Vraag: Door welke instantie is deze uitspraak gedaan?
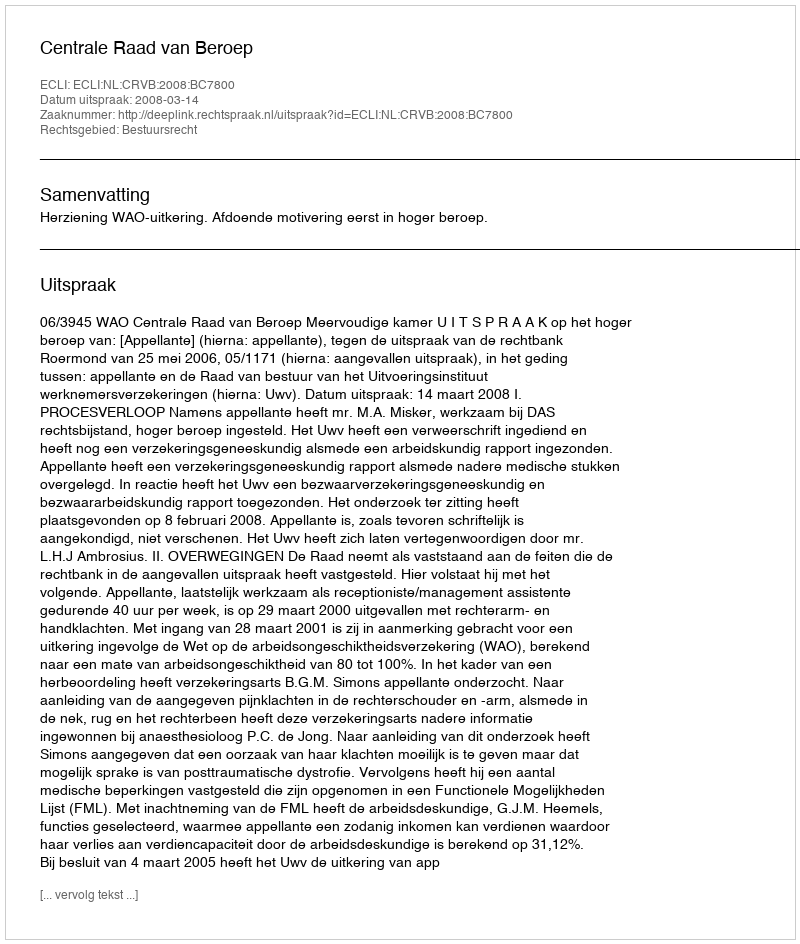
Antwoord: Centrale Raad van Beroep